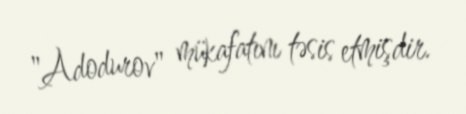
"Adodurov" mükafatını təsis etmişdir.